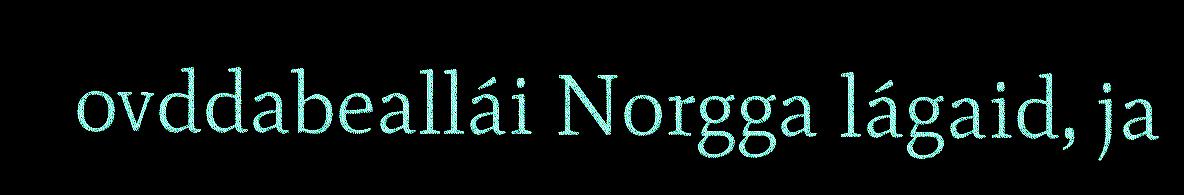
ovddabeallái Norgga lágaid, ja